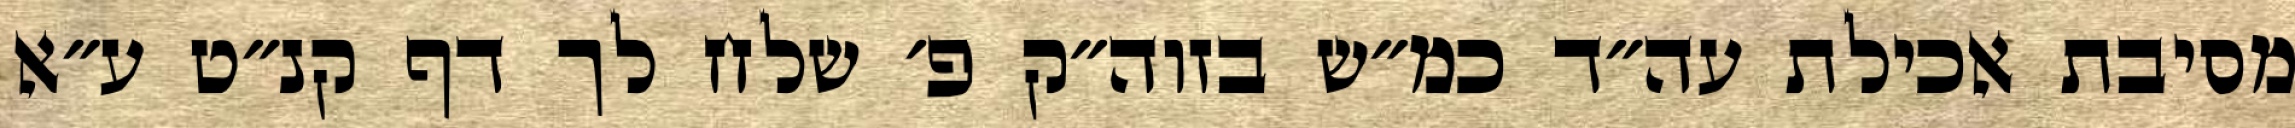
מסיבת אכילת עה״ד כמ״ש בזוה״ק פ׳ שלח לך דף קנ״ט ע״א